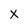
Character: X